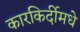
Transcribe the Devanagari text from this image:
कारकिर्दीमधे